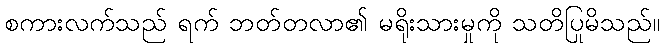
စကားလက်သည် ရက် ဘတ်တလာ၏ မရိုးသားမှုကို သတိပြုမိသည်။